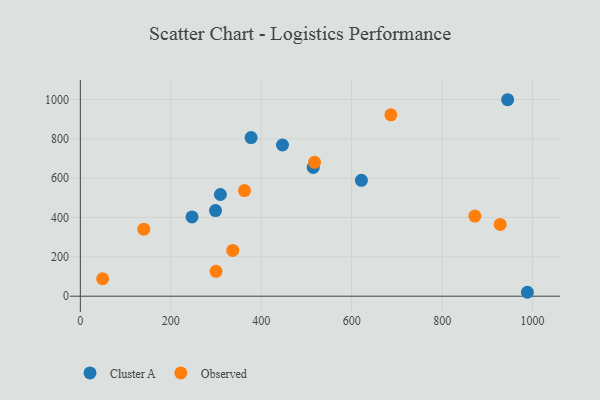
{"axis": {"x": "Study Hours", "y": "Demand"}, "legend": ["Cluster A", "Observed"], "data": [{"x": "377.6", "y": 806.2, "type": "Cluster A"}, {"x": "447.0", "y": 768.3, "type": "Cluster A"}, {"x": "988.5", "y": 19.9, "type": "Cluster A"}, {"x": "944.9", "y": 998.3, "type": "Cluster A"}, {"x": "247.0", "y": 402.6, "type": "Cluster A"}, {"x": "621.5", "y": 589.0, "type": "Cluster A"}, {"x": "515.0", "y": 654.5, "type": "Cluster A"}, {"x": "298.9", "y": 435.2, "type": "Cluster A"}, {"x": "309.7", "y": 516.7, "type": "Cluster A"}, {"x": "49.3", "y": 88.5, "type": "Observed"}, {"x": "300.1", "y": 126.3, "type": "Observed"}, {"x": "140.4", "y": 340.7, "type": "Observed"}, {"x": "686.6", "y": 921.8, "type": "Observed"}, {"x": "337.0", "y": 232.6, "type": "Observed"}, {"x": "928.5", "y": 364.5, "type": "Observed"}, {"x": "517.9", "y": 680.2, "type": "Observed"}, {"x": "872.4", "y": 407.3, "type": "Observed"}, {"x": "362.9", "y": 536.7, "type": "Observed"}]}